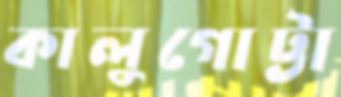
কালুগোট্টা